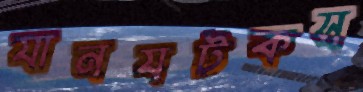
যানযটকস